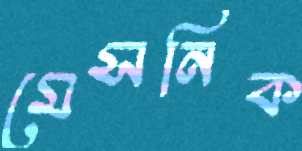
মেসনিক